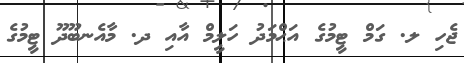
ޖެހި ލ. ގަމް ޓީމުގެ އަޙްމަދު ހަލީމް އާއި ދ. މާއެނބޫދޫ ޓީމުގެ